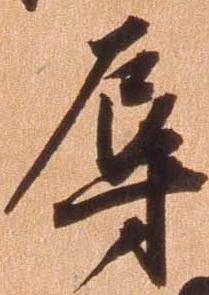
辱